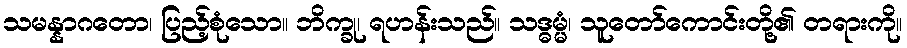
သမန္နာဂတော၊ ပြည့်စုံသော။ ဘိက္ခု၊ ရဟန်းသည်။ သဒ္ဓမ္မံ၊ သူတော်ကောင်းတို့၏ တရားကို။